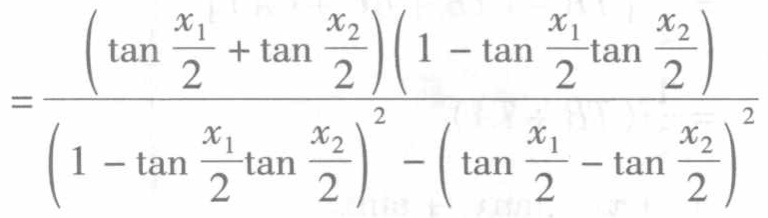
\[
=\frac{\left(\tan\frac{x_{1}}{2}+\tan\frac{x_{2}}{2}\right)\left(1 - \tan\frac{x_{1}}{2}\tan\frac{x_{2}}{2}\right)}{\left(1 - \tan\frac{x_{1}}{2}\tan\frac{x_{2}}{2}\right)^{2}-\left(\tan\frac{x_{1}}{2}-\tan\frac{x_{2}}{2}\right)^{2}}
\]